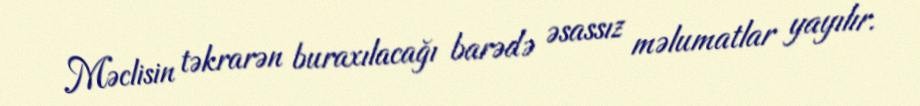
Məclisin təkrarən buraxılacağı barədə əsassız məlumatlar yayılır.